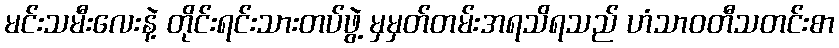
မင်းသမီးလေးနဲ့ တိုင်းရင်းသားတပ်ဖွဲ့ မှမှတ်တမ်းအရသိရသည် ဟံသာဝတီသတင်းစာ